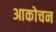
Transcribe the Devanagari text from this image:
आकोचन